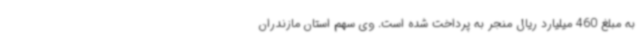
به مبلغ 460 میلیارد ریال منجر به پرداخت شده است. وی سهم استان مازندران